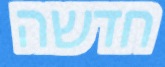
חדשה